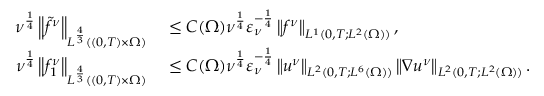
\begin{array} { r l } { \nu ^ { \frac 1 4 } \left\lVert \tilde { f } ^ { \nu } \right\rVert _ { L ^ { \frac 4 3 } ( ( 0 , T ) \times \Omega ) } } & { { } \le C ( \Omega ) \nu ^ { \frac 1 4 } \varepsilon _ { \nu } ^ { - \frac 1 4 } \left\lVert f ^ { \nu } \right\rVert _ { L ^ { 1 } ( 0 , T ; L ^ { 2 } ( \Omega ) ) } , } \\ { \nu ^ { \frac 1 4 } \left\lVert f _ { 1 } ^ { \nu } \right\rVert _ { L ^ { \frac 4 3 } ( ( 0 , T ) \times \Omega ) } } & { { } \le C ( \Omega ) \nu ^ { \frac 1 4 } \varepsilon _ { \nu } ^ { - \frac 1 4 } \left\lVert u ^ { \nu } \right\rVert _ { L ^ { 2 } ( 0 , T ; L ^ { 6 } ( \Omega ) ) } \left\lVert \nabla u ^ { \nu } \right\rVert _ { L ^ { 2 } ( 0 , T ; L ^ { 2 } ( \Omega ) ) } . } \end{array}